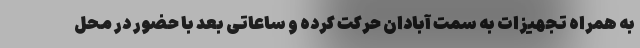
به همراه تجهیزات به سمت آبادان حرکت کرده و ساعاتی بعد با حضور در محل